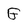
Character: G